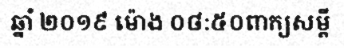
ឆ្នាំ ២០១៩ ម៉ោង ០៨:៥០ពាក្យសម្តី